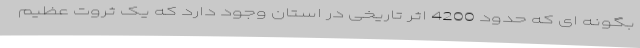
بگونه ای که حدود 4200 اثر تاریخی در استان وجود دارد که یک ثروت عظیم